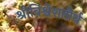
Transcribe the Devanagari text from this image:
श्रीविश्वेशतीर्थ